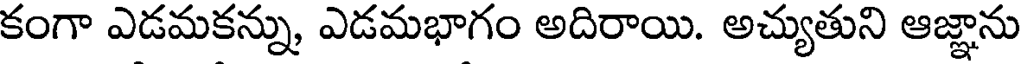
కంగా ఎడమకన్ను, ఎడమభాగం అదిరాయి. అచ్యుతుని ఆజ్ఞాను